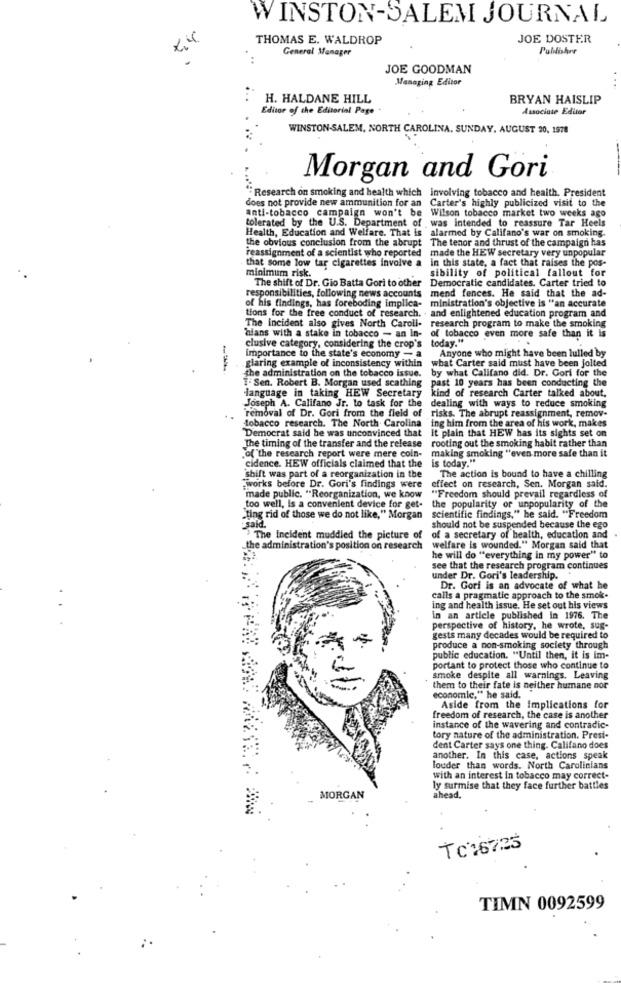
WINSTON-SALEM JOURNAL
THOMAS E. WALDROP
JOE DOSTER
General Manager
JOE GOODMAN
Managing Editor
H. HALDANE HILL
BRYAN HAISLIP
Editor of the Editorial Page
Associate Editor
WINSTON-SALEM, NORTH CAROLINA. SUNDAY, AUGUST 20, 1978
Morgan and Gori
"Research on smoking and health which involving tobacco and health. President
does not provide new ammunition for an Carter's highly publicized visit to the
anti-tobacco campaign won't be Wilson tobacco market two weeks ago
tolerated by the U.S. Department of was intended to reassure Tar Heels
Health, Education and Welfare. That is
alarmed by Califano's war on smoking.
the obvious conclusion from the abrupt The tenor and thrust of the campaign has
reassignment of a scientist who reported made the HEW secretary very unpopular
that some low tar cigarettes involve a
in this state, a fact that raises the pos-
minimum risk.
sibility of political fallout for
The shift of Dr. Gio Batta Gori to other Democratic candidates. Carter tried to
mend fences. He said that the ad-
responsibilities, following news accounts
ministration's objective is "an accurate
of his findings, has foreboding implica-
tions for the free conduct of research. . and enlightened education program and
The incident also gives North Caroll- research program to make the smoking
'hfans with a stake in tobacco - an In- of tobacco even more safe than it is
clusive category, considering the crop's today."
Anyone who might have been lulled by
importance to the state's economy - a
what Carter said must have been jolted
glaring example of inconsistency within
the administration on the tobacco issue.
by what Califano did. Dr. Gori for the
I-Sen. Robert B. Morgan used scathing
past 10 years has been conducting the
language in taking HEW Secretary
kind of research Carter talked about.
Joseph A. Califano Jr. to task for the dealing with ways to reduce smoking
"removal of Dr. Gori from the field of
risks. The abrupt reassignment, remov-
tobacco research. The North Carolina ing him from the area of his work, makes
"Democrat said he was unconvinced that
It plain that HEW has its sights set on
rooting out the smoking habit rather than
The timing of the transfer and the release
"of"the research report were mere coin-
making smoking "even more safe than it
is today."
cidence. HEW officials claimed that the
shift was part of a reorganization in the
The action is bound to have a chilling
"Works before Dr. Gori's findings were
effect on research, Sen. Morgan said.
"made public. "Reorganization, we know
"Freedom should prevail regardless of
too well, is a convenient device for get-
the popularity of unpopularity of the
"ting rid of those we do not like," Morgan
scientific findings," he said. "Freedom
Said.
should not be suspended because the ego
The Incident muddled the picture of
of a secretary of health, education and
_the administration's position on research
welfare is wounded." Morgan said that
he will do "everything in my power" to
see that the research program continues
under Dr. Gori's leadership.
Dr. Gori is an advocate of what he
calls a pragmatic approach to the smok.
..
ing and health issue. He set out his views
in an article published in 1976. The
perspective of history, he wrote, sug-
gests many decades would be required to
produce a non-smoking society through
public education. "Until then, it is im-
portant to protect those who continue to
smoke despite all warnings. Leaving
them to their fate is neither humane nor
economic," he said.
Aside from the Implications for
freedom of research, the case is another
instance of the wavering and contradic-
tory nature of the administration. Presi-
dent Carter says one thing. Califano does
another. In this case, actions speak
louder than words. North Carolinians
with an interest in tobacco may correct-
ly surmise that they face further battles
MORGAN
ahead.
TC16725
TIMN 0092599